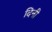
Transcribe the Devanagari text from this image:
दिनी